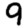
Digit: 9